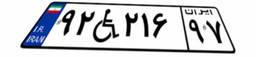
۹۲W۲۱۶۹۷